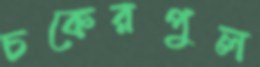
চকেরপুল